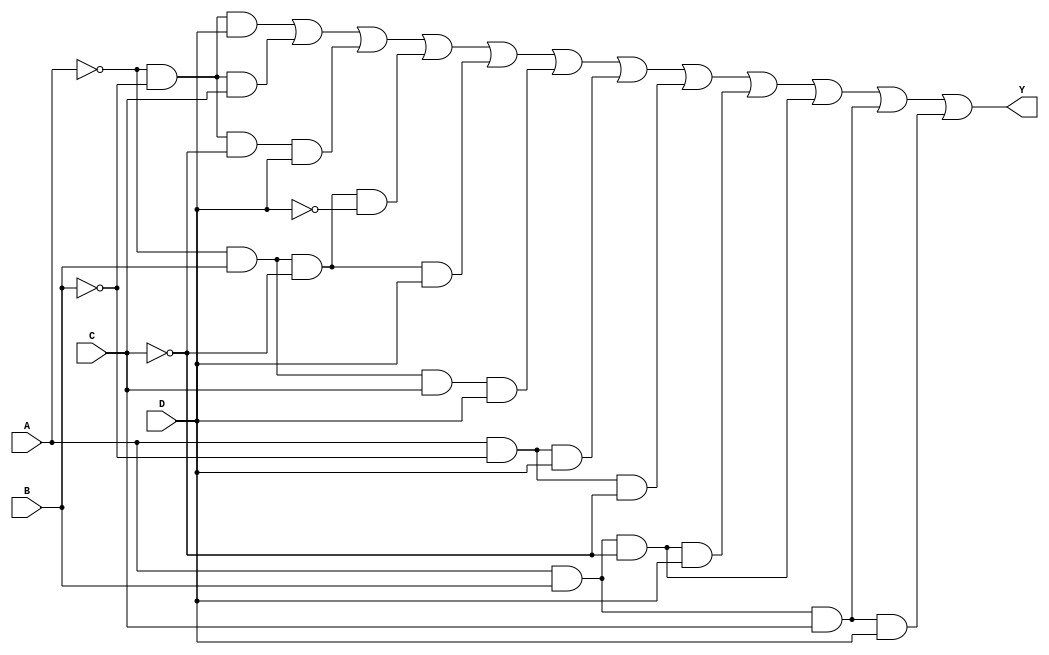
module comb_logic_sop (
    input wire A,
    input wire B,
    input wire C,
    input wire D,
    output wire Y
);

    assign Y = (~A & ~B & D) | (~A & ~B & C) | (~A & ~B & ~C & D) |
               (~A & B & ~C & ~D) | (~A & B & ~C & D) | (~A & B & C & D) |
               (A & ~B & D) | (A & ~B & ~C) | (A & B & ~C & D) |
               (A & B & ~C) | (A & B & C) | (A & B & C & D);

endmodule